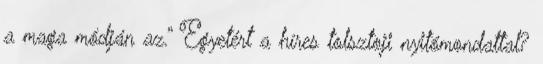
a maga módján az.” Egyetért a híres tolsztoji nyitómondattal?